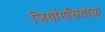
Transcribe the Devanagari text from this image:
जियोंगसियोक